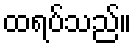
ထရပ်သည်။